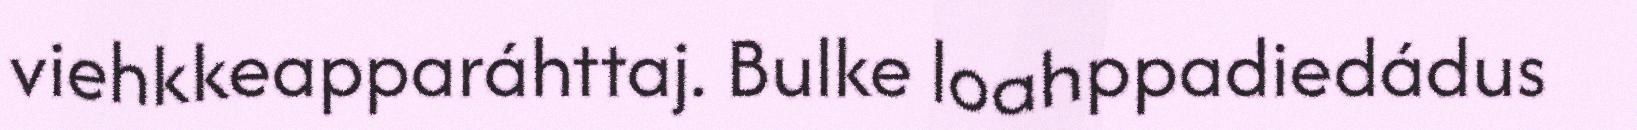
viehkkeapparáhttaj. Bulke loahppadiedádus